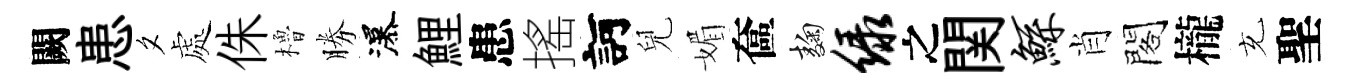
闕患夕處侏櫓勝瀑鯉患搖訶兒媚奩麹绿之関鲧肖閣櫳充聖